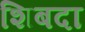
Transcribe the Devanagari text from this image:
शिबदा